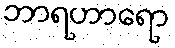
ဘာရဟာရော